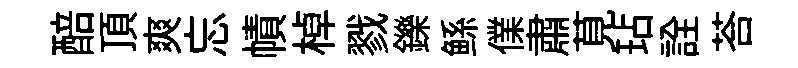
醅頂爽忘幘棹戮鑠鲧㒒肅莧玷詮荅